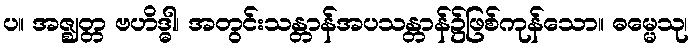
ပ။ အဇ္ဈတ္တ ဗဟိဒ္ဓါ၊ အတွင်းသန္တာန်အပသန္တာန်၌ဖြစ်ကုန်သော။ ဓမ္မေသု၊